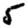
Digit: 5